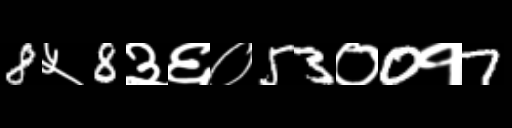
Text: 8५8३६०53०0१7